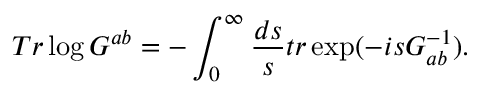
T r \log G ^ { a b } = - \int _ { 0 } ^ { \infty } \frac { d s } { s } t r \exp ( - i s G _ { a b } ^ { - 1 } ) . \nonumber